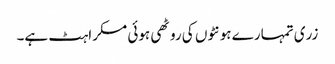
زری تمہارے ہونٹوں کی روٹھی ہوئی مسکراہٹ ہے۔